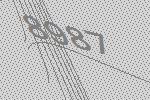
8987